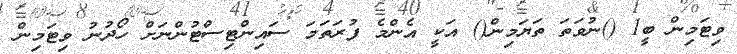
ވިޓަމިން ބީ1 ()ނުވަތަ ތަޔަމިން() އަކީ އެންމެ ފުރަތަމަ ސައިންޓިސްޓުންނަށް ހޯދުނު ވިޓަމިން